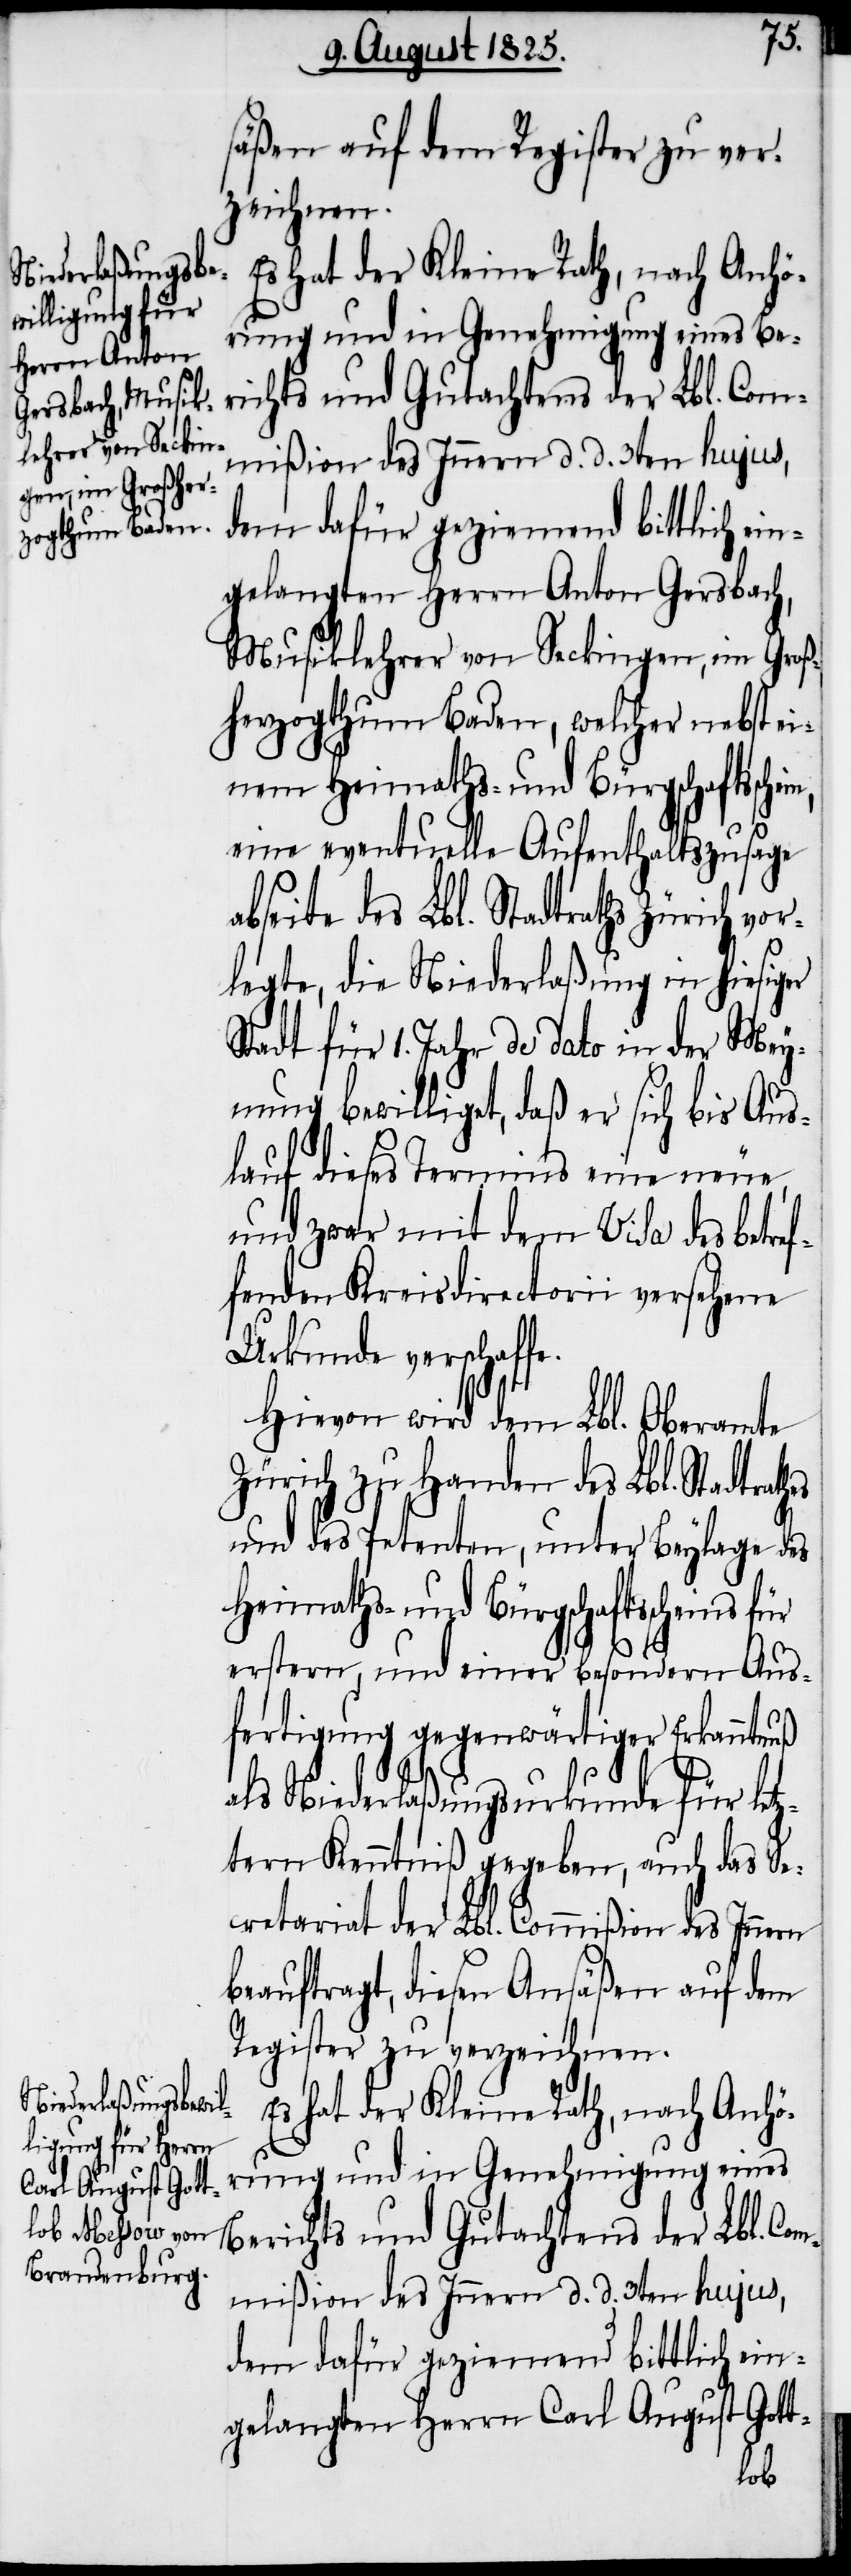
säßen auf dem Register zu ver¬
zeichnen.
gelangten Herrn Anton Gersbach,
Musiklehrer von Seckingen, im Groß¬
herzogthum baden, welcher nebst ei¬
nem Heimaths- und Bürgschaftssche¬
eine eventuelle Aufenthaltszusage
seite des Lbl. Stadtraths Zürich vor¬
legte, die Niederlaßung in hiesiger
Stadt für 1. Jahr de dato in der Mey¬
nung bewilliget, daß er sich bis Aus¬
lauf diese Termins eine neue,
und zwar mit dem Visa des betr¬
fenden Kreisdirectorii versehene
Urkunde verschaffe.
Hievon wird dem Lbl. Oberamte
Zürich zu Handen des Lbl. Stadtrat¬
und des Petenten, unter Beylage des
Heimaths- und Bürgschaftsscheins
erstern, und einer besondern Aus¬
fertigung gegenwärtiger Erkanntnuß
als Niederlaßungsurkunde für letz¬
tern Kenntniß gegeben, auch das Se¬
cretariat der Lbl. Commißion des Innern
beauftragt, diesen Ansäßen auf dem
Register zu verzeichnen.
Es hat der Kleine Rath, nach Anhö¬
rung und in Genehmigung eines
Berichts und Gutachtens der Lbl. Com¬
mißion des Innern d. d. 3ten hujus,
dem dafür geziemend bittlich ein¬
gelangten Herrn Carl August Gott-
hes